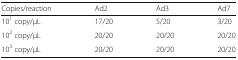
<table><thead><tr><td><b>Copies/reaction</b></td><td><b>Ad2</b></td><td><b>Ad3</b></td><td><b>Ad7</b></td></tr></thead><tbody><tr><td>10<sup>1</sup> copy/μL</td><td>17/20</td><td>5/20</td><td>3/20</td></tr><tr><td>10<sup>2</sup> copy/μL</td><td>20/20</td><td>20/20</td><td>20/20</td></tr><tr><td>10<sup>3</sup> copy/μL</td><td>20/20</td><td>20/20</td><td>20/20</td></tr></tbody></table>